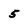
Character: 5